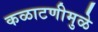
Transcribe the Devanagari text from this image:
कळाटणीमुळे